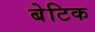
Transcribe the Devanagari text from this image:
बेटिक